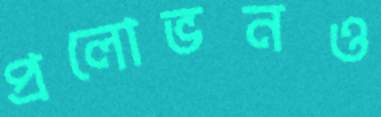
প্রলোভনও